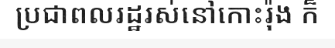
ប្រជាពលរដ្ឋរស់នៅកោះរ៉ុង ក៏